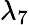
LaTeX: \lambda_{7}